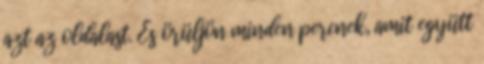
azt az oldalast. És örüljön minden percnek, amit együtt